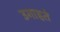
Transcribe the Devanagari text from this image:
उगाहते